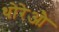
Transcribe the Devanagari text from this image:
थोरेऔ